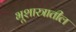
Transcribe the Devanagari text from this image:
भूशास्त्रातील